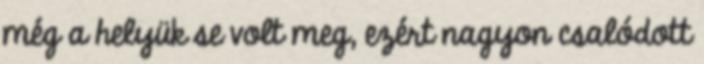
még a helyük se volt meg, ezért nagyon csalódott